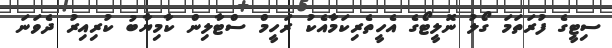
ސިޓީގެ ފުރަތަމަ ގޯލު ނޮލީޓޯގެ އެހީތެރިކަމާއެކު ރަހީމް ސްޓާލިން ކާމިޔާބު ކުރިއިރު ދެވަނަ